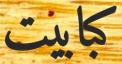
كبابيت